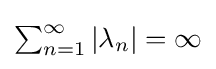
{\textstyle \sum _{n=1}^{\infty }|\lambda _{n}|=\infty }